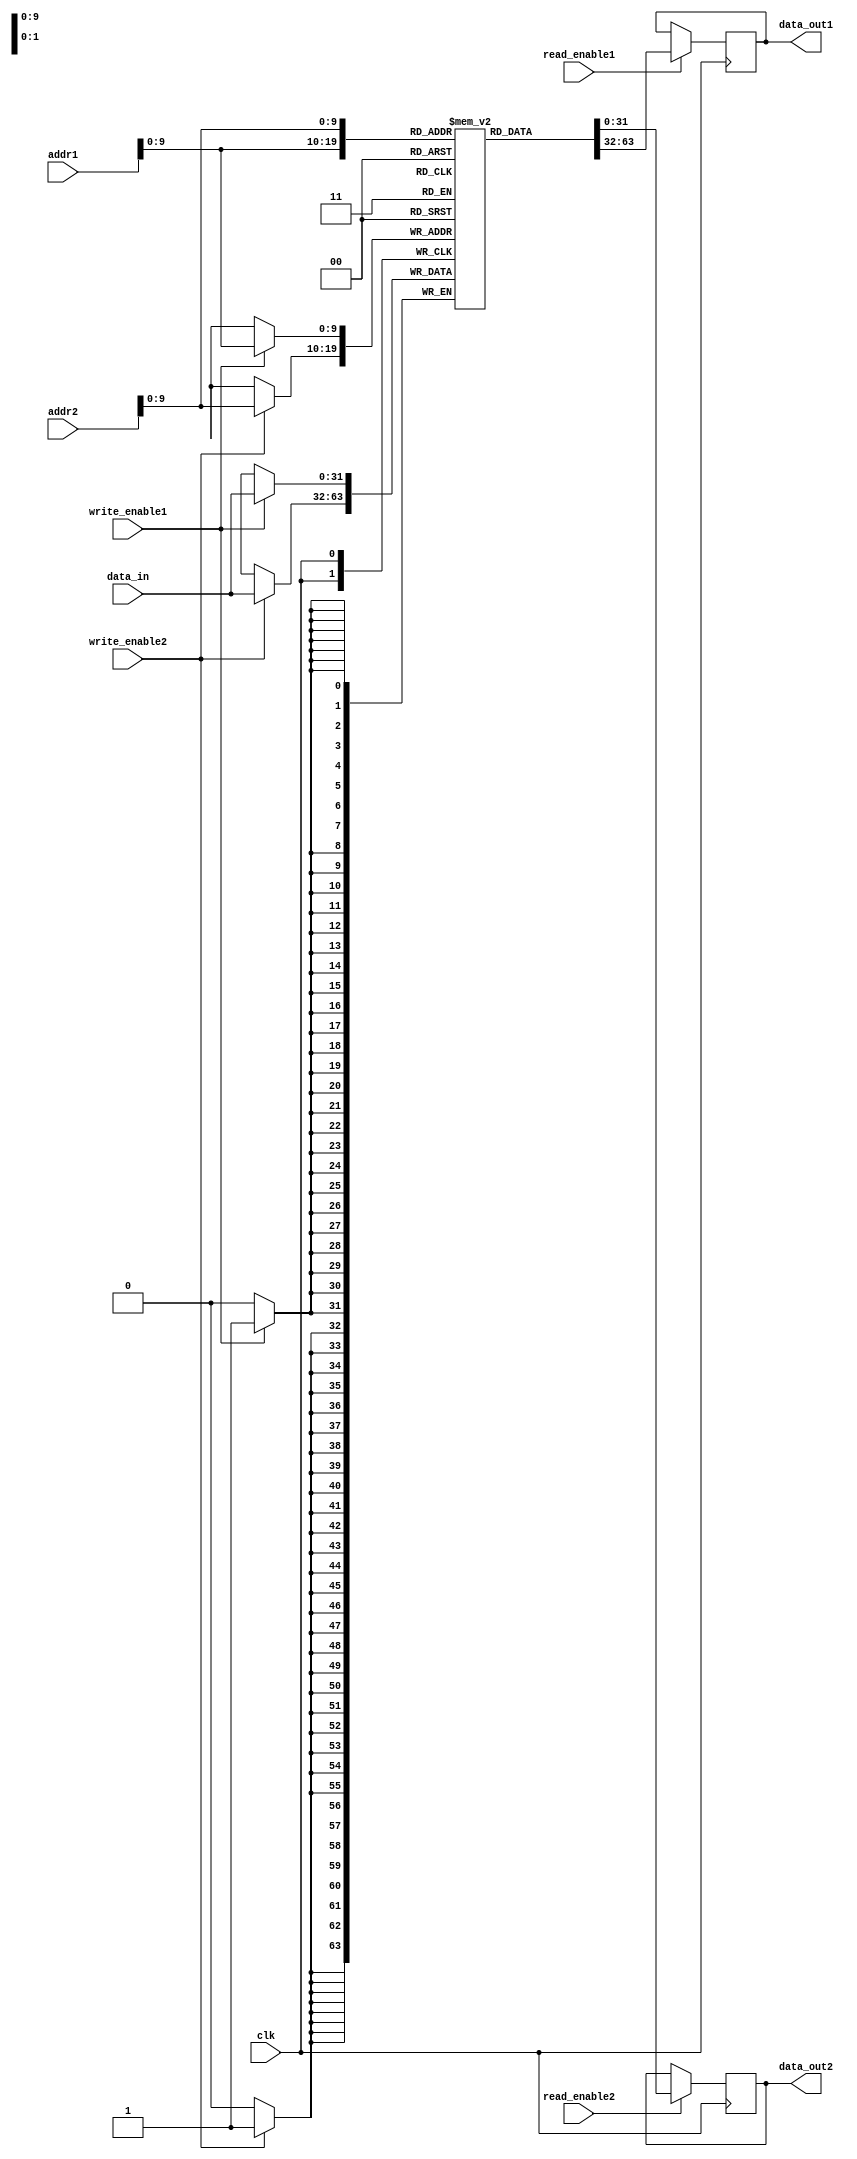
module dual_port_ram(
  input wire clk,
  input wire [31:0] addr1,
  input wire [31:0] addr2,
  input wire [31:0] data_in,
  input wire write_enable1,
  input wire write_enable2,
  input wire read_enable1,
  input wire read_enable2,
  output reg [31:0] data_out1,
  output reg [31:0] data_out2
);

reg [31:0] memory [0:1023];

always @(posedge clk) begin
  if(write_enable1) begin
    memory[addr1] <= data_in;
  end
  if(write_enable2) begin
    memory[addr2] <= data_in;
  end
  if(read_enable1) begin
    data_out1 <= memory[addr1];
  end
  if(read_enable2) begin
    data_out2 <= memory[addr2];
  end
end

endmodule